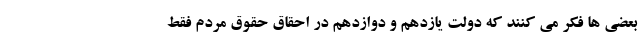
بعضی ها فکر می کنند که دولت یازدهم و دوازدهم در احقاق حقوق مردم فقط